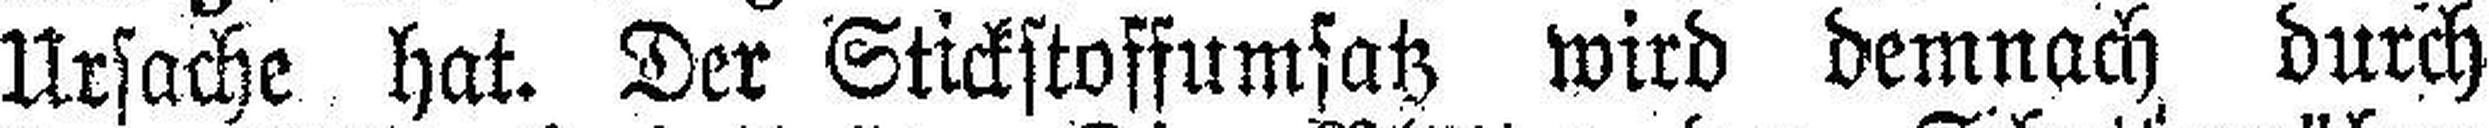
Ursache hat. Der Stickstoffumsatz wird demnach durch